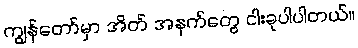
ကျွန်တော်မှာ အိတ် အနက်တွေ ငါးခုပါပါတယ်။